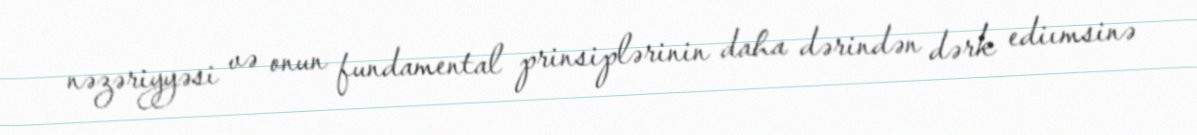
nəzəriyyəsi və onun fundamental prinsiplərinin daha dərindən dərk ediımsinə